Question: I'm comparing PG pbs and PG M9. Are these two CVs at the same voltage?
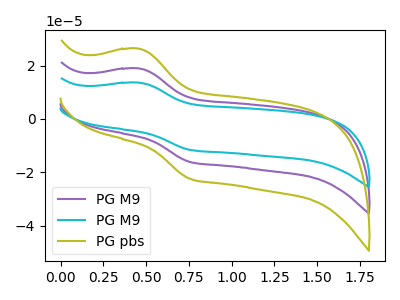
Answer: <think>The purple curve "PG M9" has an anodic peak at (0.45V, 18.95uA) and a cathodic peak at (0.75V, -16.15uA). The cyan curve "PG M9" has an anodic peak at (0.45V, 37.90uA) and a cathodic peak at (0.75V, -32.30uA). The olive curve "PG pbs" has an anodic peak at (0.45V, 26.35uA) and a cathodic peak at (0.75V, -22.45uA).
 All the peaks in "PG pbs" have a peak in "PG M9" at the same potential. Every peak in "PG pbs" is higher than every peak in "PG M9".</think>
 <answer>"PG pbs" and "PG M9" are similar in shape.</answer>
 <eval>same_shape</eval>